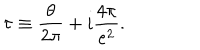
\tau \equiv \frac { \theta } { 2 \pi } + i \frac { 4 \pi } { e ^ { 2 } } .